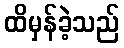
ထိမှန်ခဲ့သည်